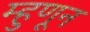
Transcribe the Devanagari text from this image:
म्हुणून